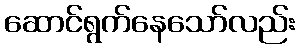
ဆောင်ရွက်နေသော်လည်း